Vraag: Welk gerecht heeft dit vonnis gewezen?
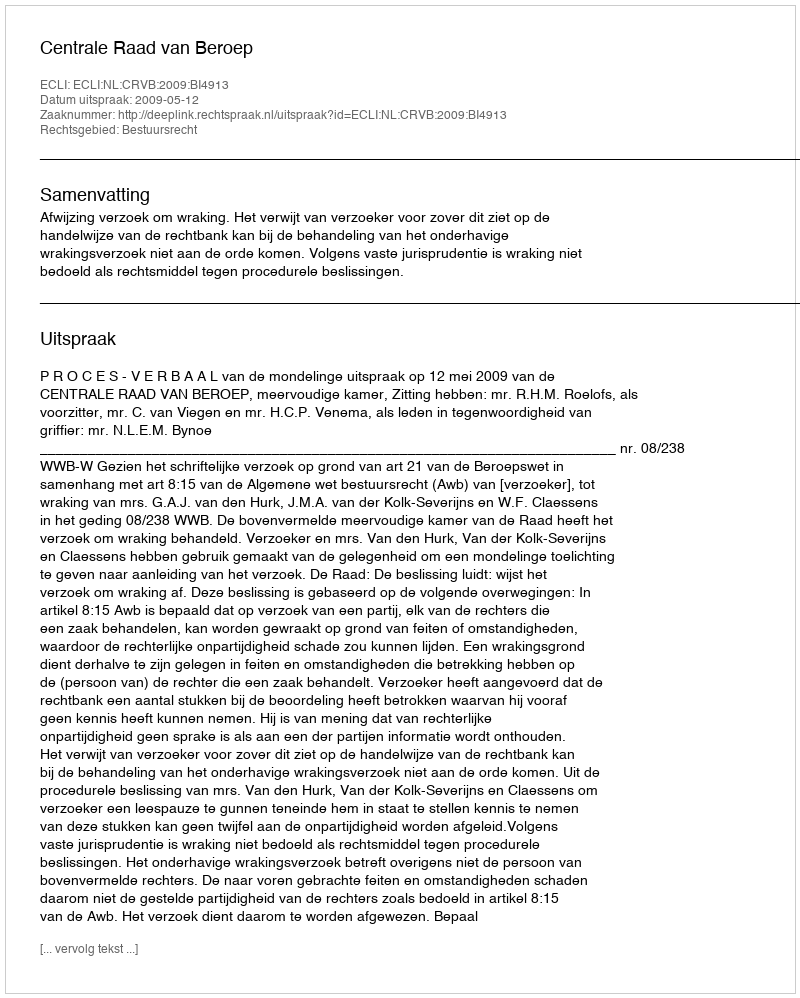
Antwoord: Centrale Raad van Beroep